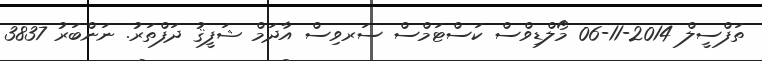
ތަފްސީލް 2014-11-06 މޯލްޑިވްސް ކަސްޓަމްސް ސަރވިސް އާދަމް ޝަފީޤު ދަފްތަރު. ނަންބަރު 3837